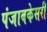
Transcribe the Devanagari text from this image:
पंजाबकेसरी